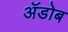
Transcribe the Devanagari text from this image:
ॲडोब